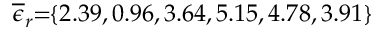
\! \! \! \overline { { \epsilon } } _ { r } \! \! = \! \! \{ 2 . 3 9 , 0 . 9 6 , 3 . 6 4 , 5 . 1 5 , 4 . 7 8 , 3 . 9 1 \} \! \! \!